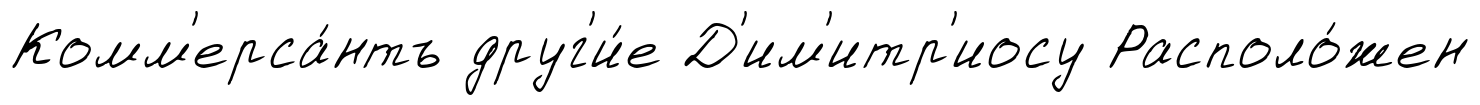
Комм'ерса́нтъ друг'и́е Д'им'итр'иосу Располо́жен